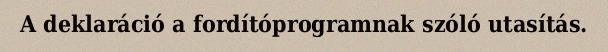
A deklaráció a fordítóprogramnak szóló utasítás.